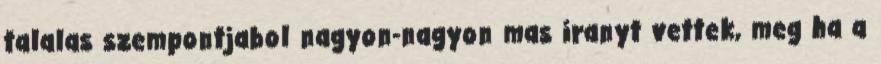
talalas szempontjabol nagyon-nagyon mas iranyt vettek, meg ha a